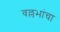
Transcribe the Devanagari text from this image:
वल्लभांचा